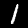
Digit: 1